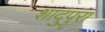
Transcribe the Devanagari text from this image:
शादुपुरा